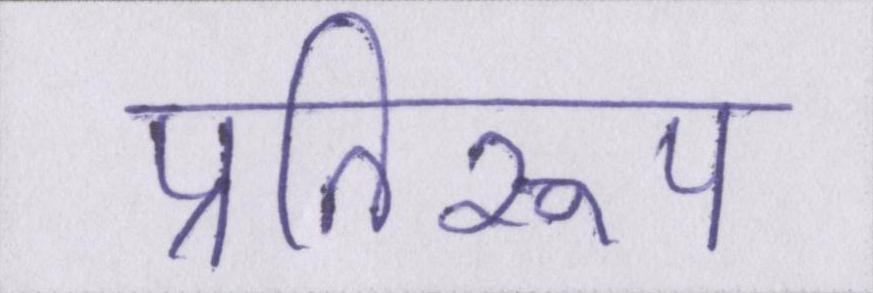
प्रतिरूप